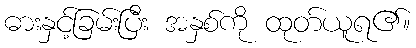
ဓားနှင့်ခြမ်းပြီး အနှစ်ကို ထုတ်ယူရ၏။